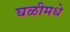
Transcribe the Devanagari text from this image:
घळीमधे